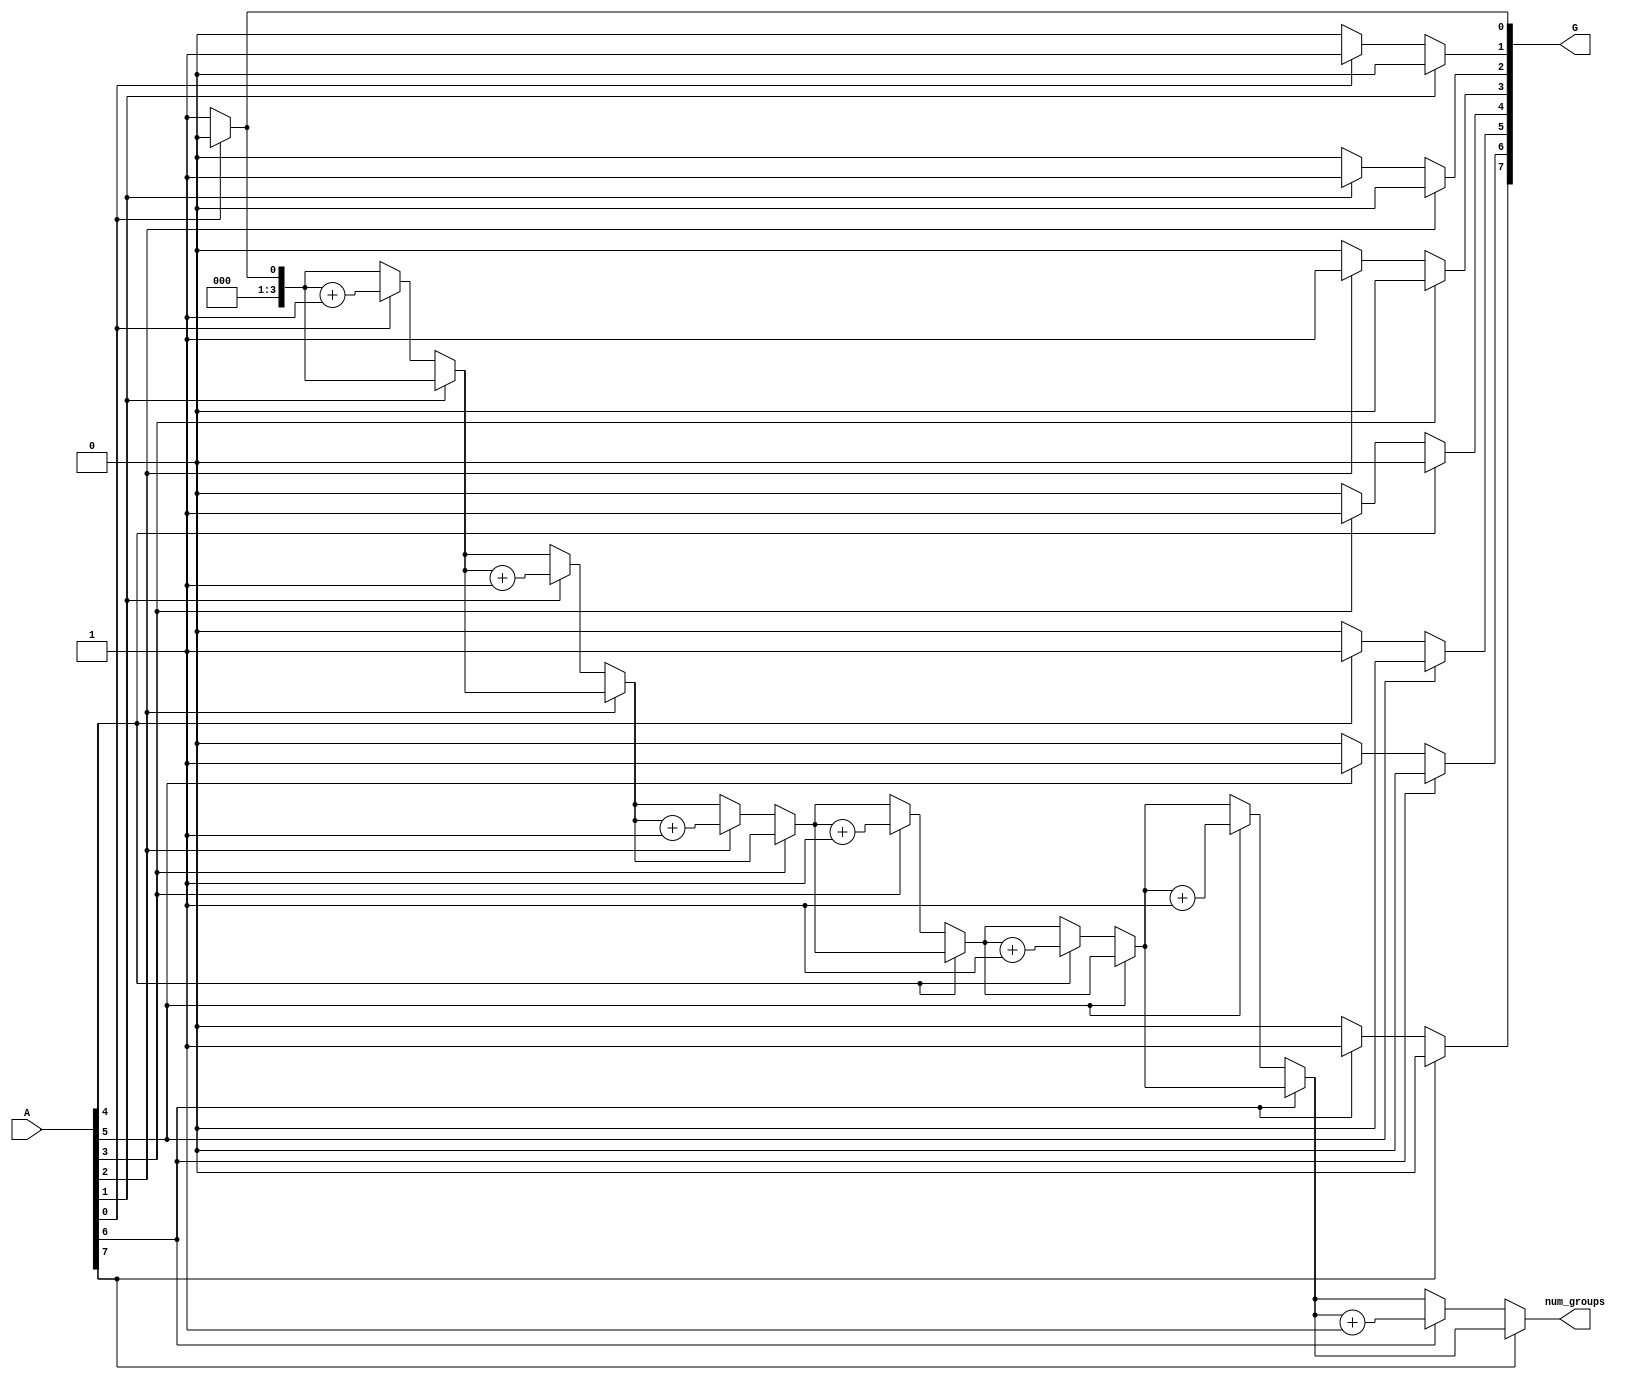
module grouping_of_zeros #(parameter n = 8) (
    input  wire [n-1:0] A,          // Input vector
    output reg [n-1:0] G,            // Grouped output (binary representation of zero groups)
    output reg [3:0] num_groups      // Number of groups
);

    integer i;
    reg [n-1:0] zero_groups; // Temporary storage for zero groups
    reg in_zero_group;       // Flag indicating if we are in a zero group

    always @(*) begin
        // Initialize outputs
        G = 0;
        num_groups = 0;
        zero_groups = 0;
        in_zero_group = 0;

        for (i = 0; i < n; i = i + 1) begin
            if (A[i] == 0) begin
                if (!in_zero_group) begin
                    // We found a new zero group
                    in_zero_group = 1;
                    num_groups = num_groups + 1;
                    zero_groups[i] = 1; // Mark the start of a new zero group
                end
            end else begin
                // End of a zero group
                if (in_zero_group) begin
                    in_zero_group = 0;
                end
            end
        end

        // Set the grouped output to the zero groups detected
        G = zero_groups;
    end
endmodule